Reports on military cantonments and civil stations in the Presidency of Bombay inspected by the Sanitary Commissioner in the years 1875 and 1876
Year: 1875
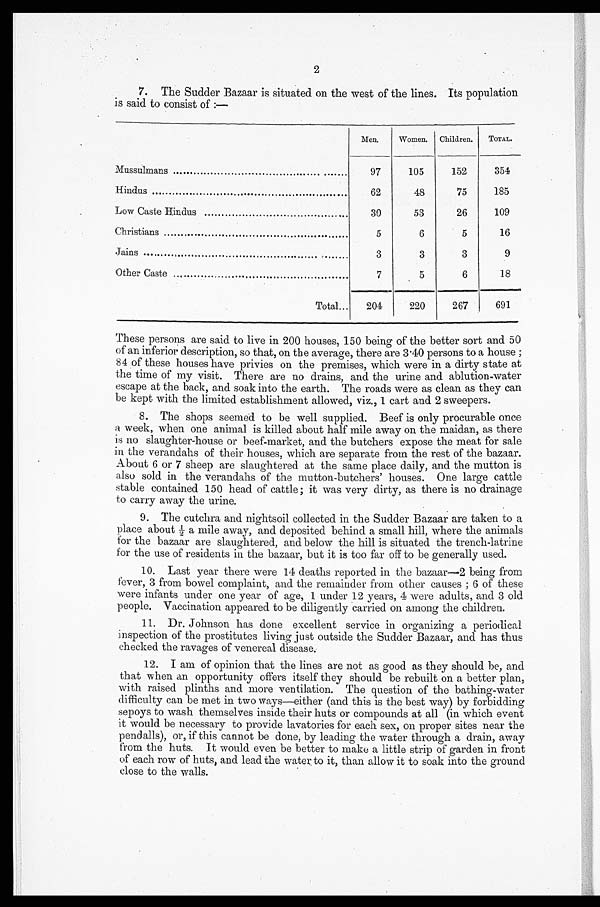
2
7. The Sudder Bazaar is situated on the west of the lines. Its population
is said to consist of :—
Men.
Women.
Children.
TOTAL.
Mussulmans
97
105
152
3 5 4
Hindus
62
48
75
185
Low Caste Hindus
30
53
26
109
Christians
5
6
5
16
Jains ...
3
3
3
9
Other Caste
7
5
6
18
Total
204
220
267
691
These persons are said to live in 200 houses, 150 being of the better sort and 50
of an inferior description, so that, on the average, there are 3 .40 persons to a house ;
84 of these houses have privies on the premises, which were in a dirty state at
the time of my visit. There are no drains, and the urine and ablution-water
escape at the back, and soak into the earth. The roads were as clean as they can
be kept with the limited establishment allowed, viz., 1 cart and 2 sweepers.
8. The shops seemed to be well supplied. Beef is only procurable once
a week, when one animal is killed about half mile away on the maidan, as there
is no slaughter-house or beef-market, and the butchers expose the meat for sale
in the verandahs of their houses, which are separate from the rest of the bazaar.
About 6 or 7 sheep are slaughtered at the same place daily, and the mutton is
also sold in the verandahs of the mutton-butchers' houses. One large cattle
stable contained 150 head of cattle ; it was very dirty, as there is no drainage
to carry away the urine.
9. The cutchra and nightsoil collected in the Sudder Bazaar are taken to a
place about . 4- a mile away, and deposited behind a small hill, where the animals
for the bazaar are slaughtered, and below the hill is situated the trench-latrine
for the use of residents in the bazaar, but it is too far off to be generally used.
10. Last year there were 14 deaths reported in the bazaar-2 being from
fever, 3 from bowel complaint, and the remainder from other causes ; 6 of these
were infants under one year of age, 1 under 12 years, 4 were adults, and 3 old
people. Vaccination appeared to be diligently carried on among the children.
11. Dr. Johnson has done excellent service in organizing a periodical
inspection of the prostitutes living just outside the Sudder Bazaar, and has thus
checked the ravages of venereal disease.
12. I am of opinion that the lines are not as good as they should be, and
that when an opportunity offers itself they should be rebuilt on a better plan,
with raised plinths and more ventilation. The question of the bathing-water
difficulty can be met in two ways—either (and this is the best way) by forbidding
sepoys to wash themselves inside their huts or compounds at all (in which event
it would be necessary to provide lavatories for each sex, on proper sites near the
pendalls), or, if this cannot be done, by leading the water through a drain, away
from the huts. It would even be better to make a little strip of garden in front
of each row of huts, and lead the water to it, than allow it to soak into the ground
close to the walls.